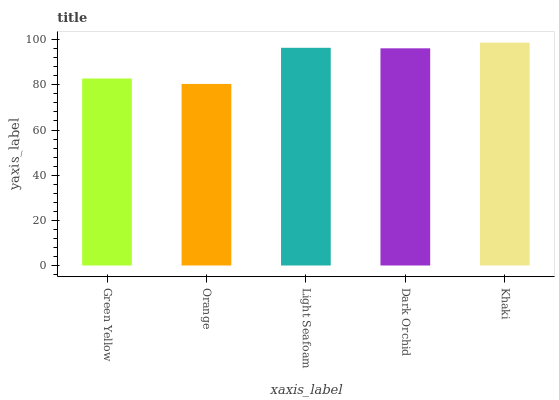
| xaxis_label | bars |
 | --- | --- |
 | Green Yellow | 82.8 |
 | Orange | 80.4 |
 | Light Seafoam | 96.4 |
 | Dark Orchid | 96.2 |
 | Khaki | 98.7 |